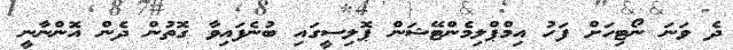
ދެ ވަނަ ނޯޓިހަށް ފަހު އިމްޕްލިމެންޓޭޝަން ޕޮލިސީގައި ބުނެފައިވާ ގޮތުން ދެން އޮންނާނީ